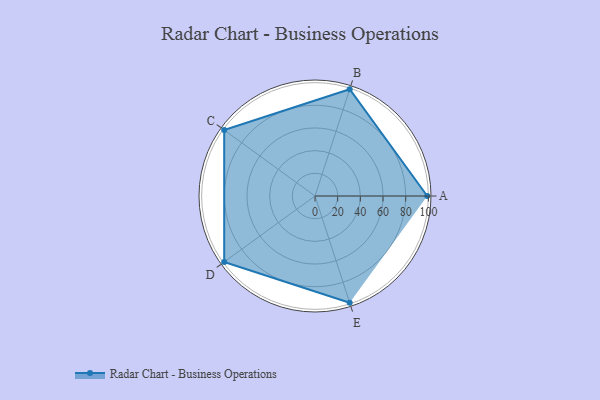
{"axis": {"x": "Skill", "y": "Score"}, "legend": ["Profile"], "data": [{"x": "A", "y": 99.0, "type": "Profile"}, {"x": "B", "y": 99, "type": "Profile"}, {"x": "C", "y": 99, "type": "Profile"}, {"x": "D", "y": 99, "type": "Profile"}, {"x": "E", "y": 99, "type": "Profile"}]}